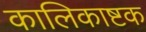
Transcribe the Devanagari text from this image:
कालिकाष्टक